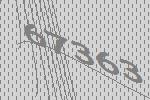
67363